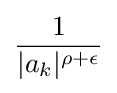
{\frac {1}{|a_{k}|^{\rho +\epsilon }}}